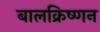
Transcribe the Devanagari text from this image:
बालक्रिष्णन